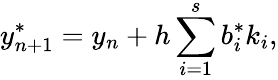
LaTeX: y_{n+1}^{*}=y_{n}+h\sum_{i=1}^{s}b_{i}^{*}k_{i},